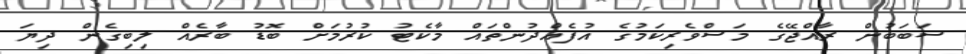
ސަބަބުން ރާއްޖޭގެ މަސްވެރިކަމުގެ އުފެއްދުންތައް މާކެޓު ކުރުމަށް ބޮޑު ބާރެއް ލިބިގެން ދިޔަ